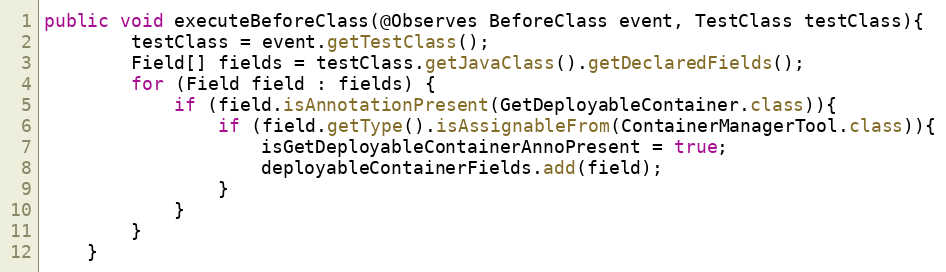
Language: Java
public void executeBeforeClass(@Observes BeforeClass event, TestClass testClass){
		testClass = event.getTestClass();
		Field[] fields = testClass.getJavaClass().getDeclaredFields();
		for (Field field : fields) {
			if (field.isAnnotationPresent(GetDeployableContainer.class)){
				if (field.getType().isAssignableFrom(ContainerManagerTool.class)){
					isGetDeployableContainerAnnoPresent = true;
					deployableContainerFields.add(field);
				}
			}
		}
	}